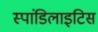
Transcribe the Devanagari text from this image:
स्पांडिलाइटिस